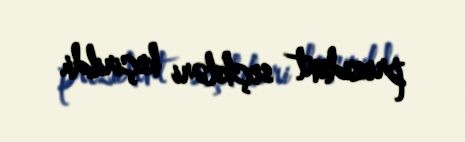
prezident seçkiləri keçirildi.